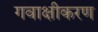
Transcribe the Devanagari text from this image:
गवाक्षीकरण